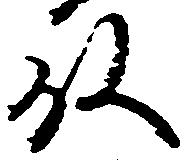
殿